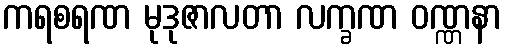
ကရစရဏ မုဒုဇာလတာ လက္ခဏ ဝဏ္ဏနာ